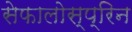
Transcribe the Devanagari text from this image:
सेफालोस्प्रिन